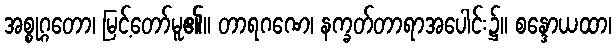
အစ္စုဂ္ဂတော၊ မြင့်တော်မူ၏။ တာရဂဏေ၊ နက္ခတ်တာရာအပေါင်း၌။ စန္ဒောယထာ၊